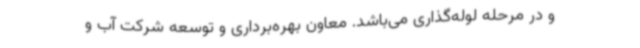
و در مرحله لوله‌گذاری می‌باشد. معاون بهره‌برداری و توسعه شرکت آب و